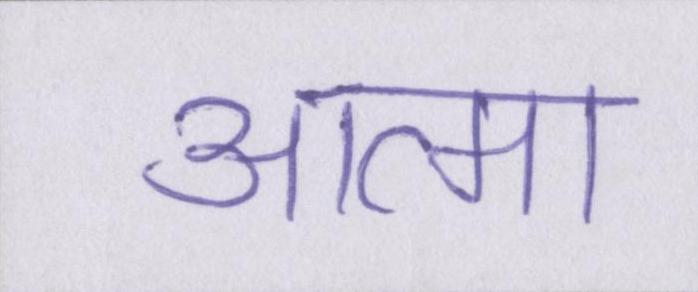
आत्मा